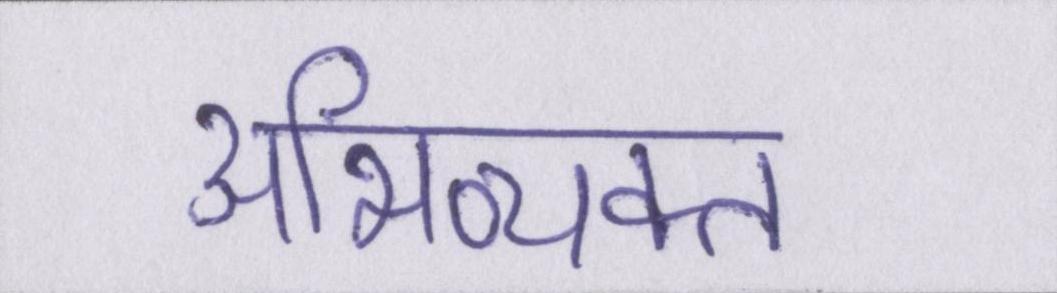
अभिव्यक्त